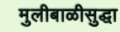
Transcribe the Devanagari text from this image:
मुलीबाळीसुद्धा